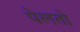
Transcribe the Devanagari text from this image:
पेलतो